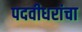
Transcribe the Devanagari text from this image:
पदवीधरांचा